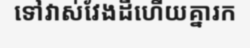
ទៅវាស់វែងដីហើយគ្នារក